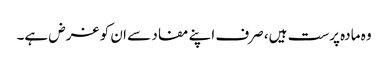
وہ مادہ پرست ہیں، صرف اپنے مفاد سے ان کو غرض ہے۔